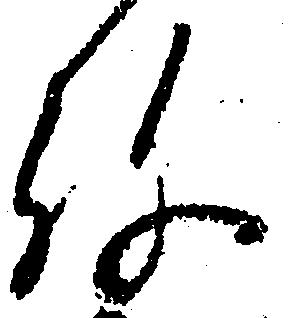
弥